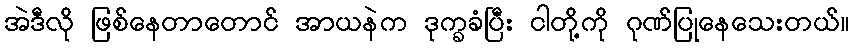
အဲဒီလို ဖြစ်နေတာတောင် အာယနဲက ဒုက္ခခံပြီး ငါတို့ကို ဂုဏ်ပြုနေသေးတယ်။